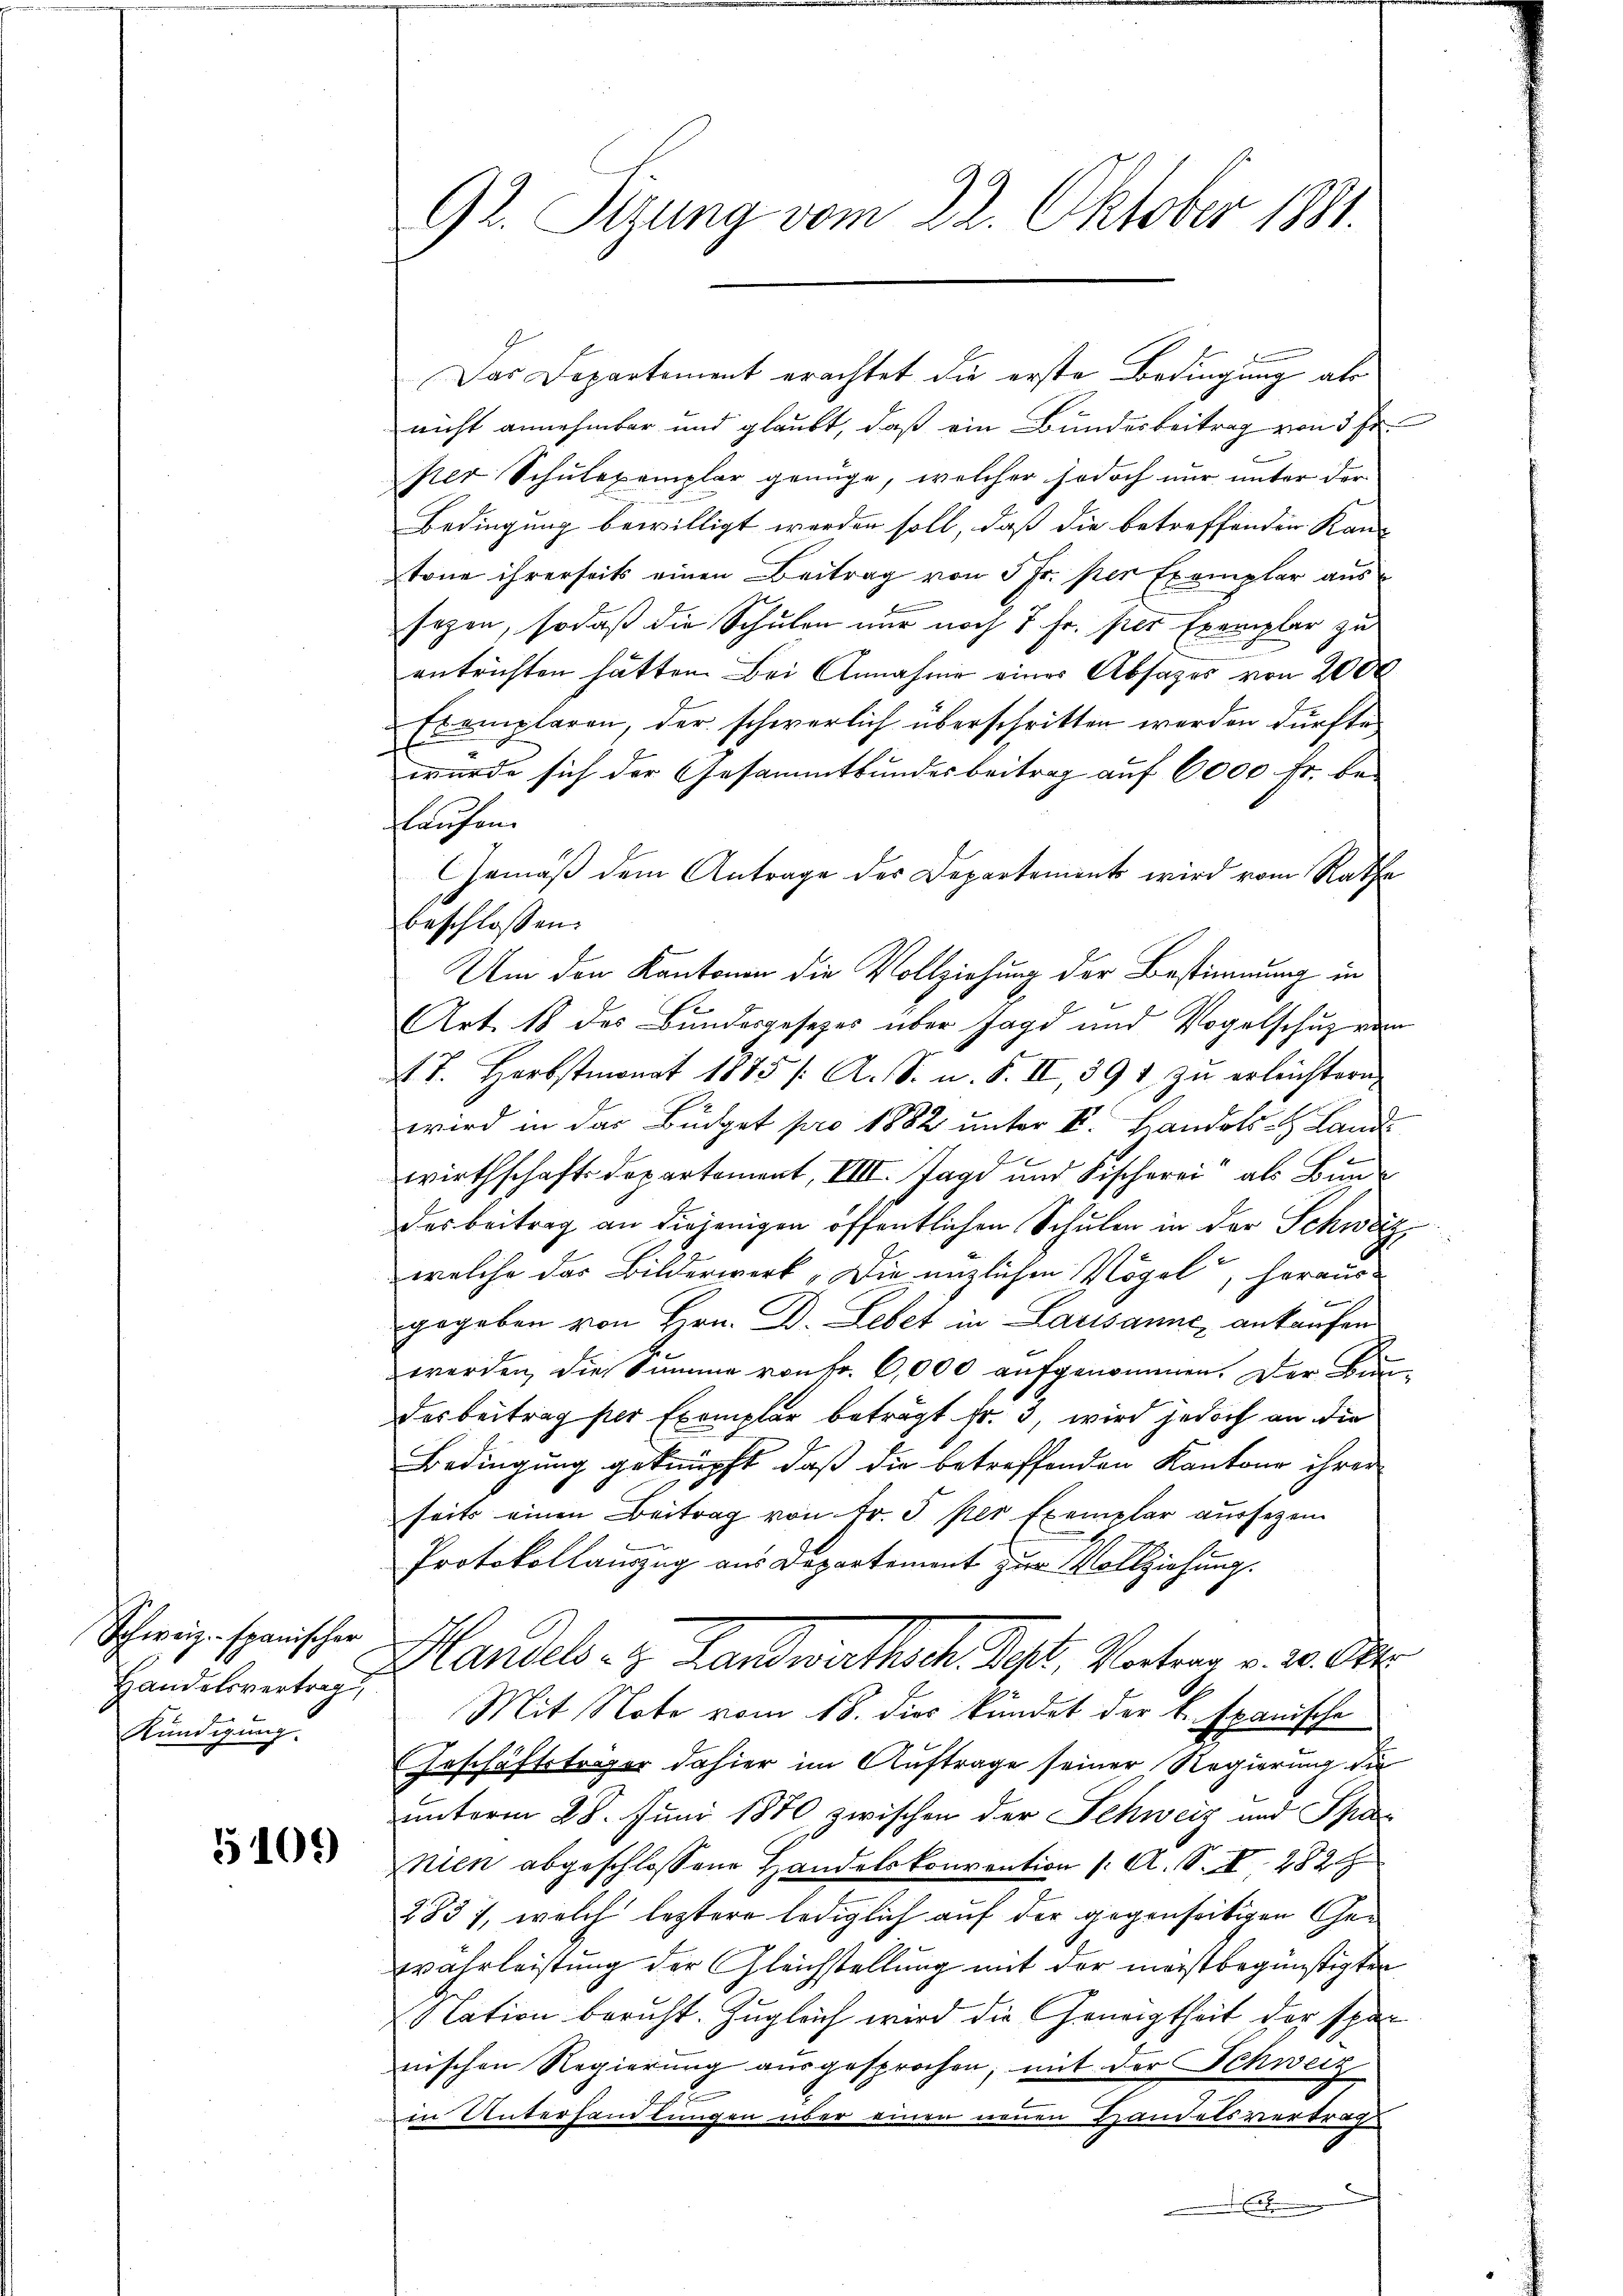
Schweiz. spanischer
Handelsvertrag,
Kündigung.

5109)

92. Sizung vom 22. Oktober 1881.

nicht annehmbar und glaubt, daß ein Bundesbeitrag von 3 Fr.
per Schulexemplar genüge, welcher sodoch nur unter der
Bedingung bewilligt werden soll, daß die betreffenden Kan-
tone ihrerseits einen Beitrag von 5 Fr. per Exemplar aus
sagen, sodaß die Schulen nur noch 7 Fr. per Exemplar zu
entrichten hätten. Bei Annahme einer Absages von 2000
Exemplaren, der schwerlich überschritten werden dürfte,
wurde sich der Gesammtbundesbeitrag auf 6000 Fr. beflaufen
Gemäß dem Antrage des Departements wird vom Rathe
beschlossen:
Um den Kantonen die Vollziehung der Bestimmung in
Art. 18 des Bundesgesetzes über Jagd und Vogelschuz vom
17. Herbstmonat 1885 /: A. S. u. S. II, 391 zu erleichtern,
wird in das Büdget pro 1882 unter I. Handels- Land
b
wirthschaftsdepartement, VIII. Jage und Fischerei als Bunde
des Beitrag an diejenigen öffentlichen Schulen in der Schweiz
welche das Bilderwerk, Die enzlichen Vögel, heraus
w
gegeben von Hrn. D. Lebet in Lausanne, ankaufen
d
werden, die Summe von Fr. 6,000 aufgenommen. Der Bun¬
Des beitrag per Exemplar beträgt Fr. 3, wird jedoch an die
Bedingung geknüpft, daß die betreffenden Kantone ihrer
seits einen Beitrag von Fr. 3 per Exemplar aussezen
Protokollauszug aus Departement zur Vollziehung.
Handels- u. Landwirthsch Post. Vortrag v. 20. Art.
Mit Note vom 18. dies kündet der k. Examische
Erschäftsträger dahier im Auftrage seiner Regierung die
unterm 28. Juni 1870 zwischen der Schweiz und Spaz
nien abgeschlossene Handelskonvention f. A. S. I 282
283), welch leztere lediglich auf der gegenseitigen Gewahrleistung der Gleichstellung mit der merstbegünstigten
Nation bericht. Zugleich wird die Geneigtheit der spar
nischen Regierung aŭsgesprochen; mit der Schweiz
Ien Unterhandlungen über einen neuen Handelsvertrag
.

Das Departement erachtet die erste Bedingung als